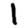
Digit: 1